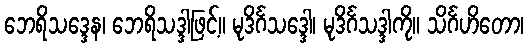
ဘေရိသဒ္ဒေန၊ ဘေရိသဒ္ဒါဖြင့်။ မုဒိင်္ဂသဒ္ဒေါ၊ မုဒိင်္ဂသဒ္ဒါကို။ သိင်္ဂဟိတော၊